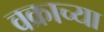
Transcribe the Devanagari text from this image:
वक्राच्या